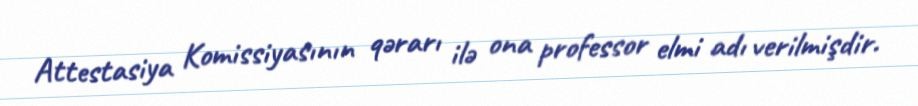
Attestasiya Komissiyasının qərarı ilə ona professor elmi adı verilmişdir.